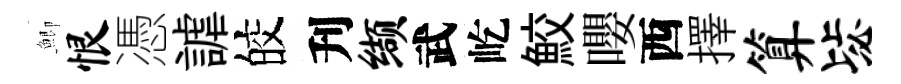
鯽恨憑謔皎刋缬武屹鮫嚶西擇算毖